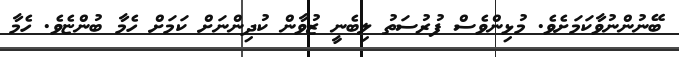
ބޭނުންނުވާކަމަށެވެ. މުޅިންވެސް ފުރުސަތު ލިބެނީ ޒުވާން ކުދިންނަށް ކަމަށް ހެމާ ބުންޏެވެ. ހެމާ